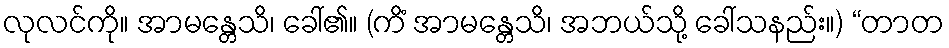
လုလင်ကို။ အာမန္တေသိ၊ ခေါ်၏။ (ကိံ အာမန္တေသိ၊ အဘယ်သို့ ခေါ်သနည်း။) “တာတ